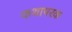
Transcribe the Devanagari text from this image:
कथापरक